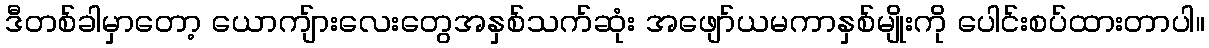
ဒီတစ်ခါမှာတော့ ယောကျ်ားလေးတွေအနှစ်သက်ဆုံး အဖျော်ယမကာနှစ်မျိုးကို ပေါင်းစပ်ထားတာပါ။